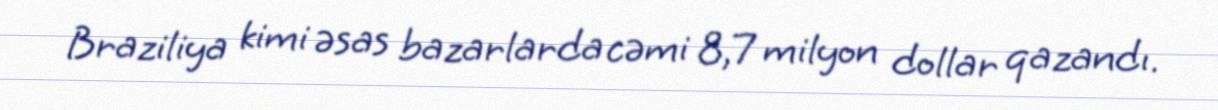
Braziliya kimi əsas bazarlarda cəmi 8,7 milyon dollar qazandı.